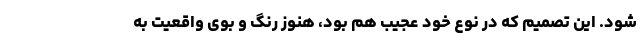
شود. این تصمیم که در نوع خود عجیب هم بود، هنوز رنگ و بوی واقعیت به